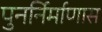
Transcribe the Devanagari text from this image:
पुनर्निर्माणास